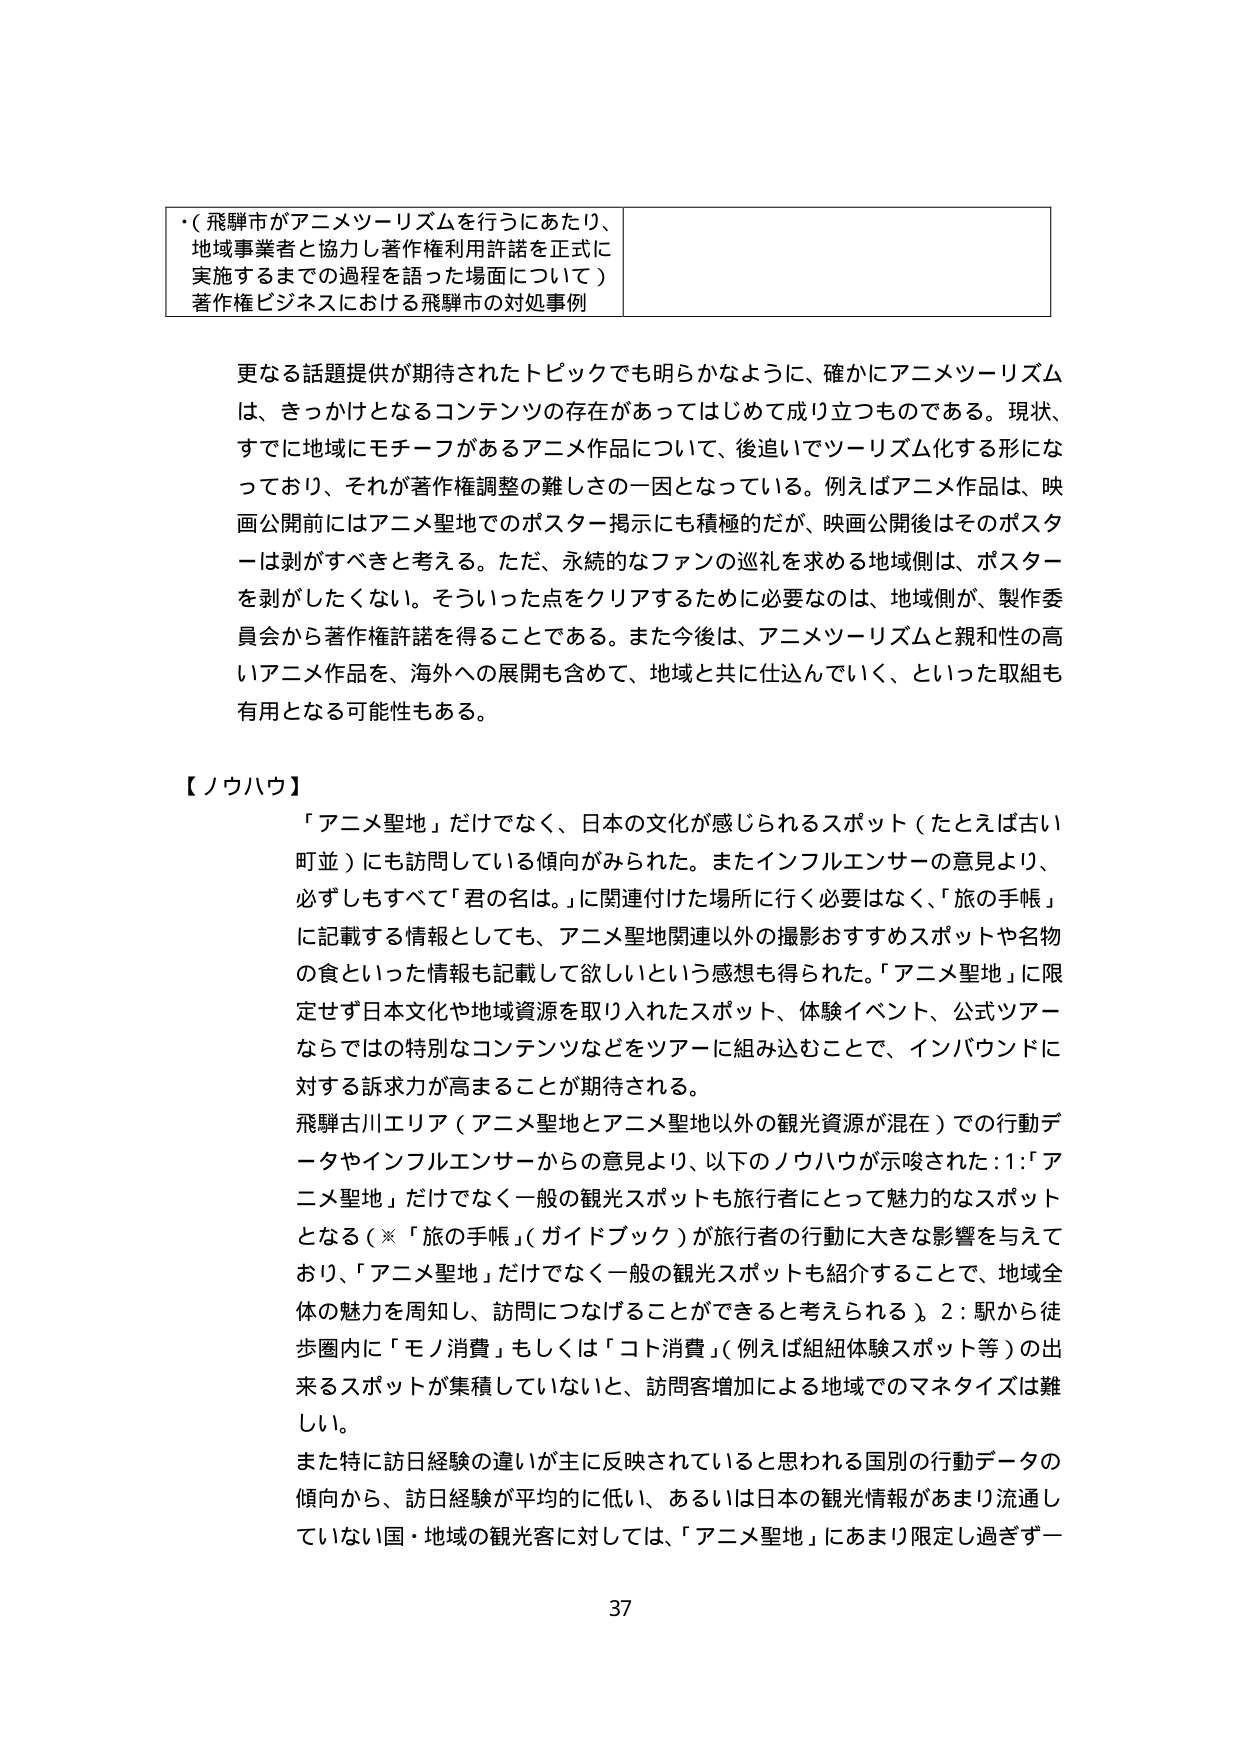
・（飛騨市がアニメツーリズムを行うにあたり、地域事業者と協力し著作権利用許諾を正式に実施するまでの過程を語った場面について）
著作権ビジネスにおける飛騨市の対処事例

更なる話題提供が期待されたトピックでも明らかのように、確かにアニメツーリズムは、きっかけとなるコンテンツの存在があってはじめて成り立つものである。現状、すでに地域にモチーフがあるアニメ作品について、後追いでツーリズム化する形になっており、それが著作権調整の難しさの一因となっている。例えばアニメ作品は、映画公開前にはアニメ聖地でのポスター掲示にも積極的だが、映画公開後はそのポスターは剥がすべきと考える。ただ、永続的なファンの巡礼を求める地域側は、ポスターを剥がしたくない。そういった点をクリアするために必要なのは、地域側が、製作委員会から著作権許諾を得ることである。また今後は、アニメツーリズムと親和性の高いアニメ作品を、海外への展開も含めて、地域と共に仕込んでいく、といった取組も有用となる可能性もある。

【ノウハウ】
「アニメ聖地」だけでなく、日本の文化が感じられるスポット（たとえば古い町並）にも訪問している傾向がみられた。またインフルエンサーの意見より、必ずしもすべて「君の名は。」に関連付けた場所に行く必要はなく、「旅の手帳」に記載する情報としても、アニメ聖地関連以外の撮影おすすめスポットや名物の食といった情報も記載して欲しいという感想も得られた。「アニメ聖地」に限定せず日本文化や地域資源を取り入れたスポット、体験イベント、公式ツアーならではの特別なコンテンツなどをツアーに組み込むことで、インバウンドに対する訴求力が高まることが期待される。

飛騨古川エリア（アニメ聖地とアニメ聖地以外の観光資源が混在）での行動データやインフルエンサーからの意見より、以下のノウハウが示唆された：1：「アニメ聖地」だけでなく一般の観光スポットも旅行者にとって魅力的なスポットとなる（※「旅の手帳」（ガイドブック）が旅行者の行動に大きな影響を与えており、「アニメ聖地」だけでなく一般の観光スポットも紹介することで、地域全体の魅力を周知し、訪問につなげることができると考えられる）。2：駅から徒歩圏内に「モノ消費」もしくは「コト消費」（例えば組紐体験スポット等）の出来るスポットが集積していないと、訪問客増加による地域でのマネタイズは難しい。

また特に訪日経験の違いが主に反映されていると思われる国別の行動データの傾向から、訪日経験が平均的に低い、あるいは日本の観光情報があまり流通していない国・地域の観光客に対しては、「アニメ聖地」にあまり限定し過ぎず一

37